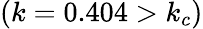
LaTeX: (k=0.404>k_{c})